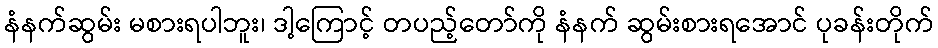
နံနက်ဆွမ်း မစားရပါဘူး၊ ဒါ့ကြောင့် တပည့်တော်ကို နံနက် ဆွမ်းစားရအောင် ပုခန်းတိုက်